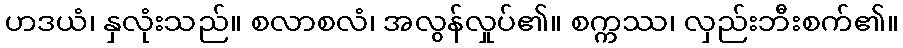
ဟဒယံ၊ နှလုံးသည်။ စလာစလံ၊ အလွန်လှုပ်၏။ စက္ကဿ၊ လှည်းဘီးစက်၏။